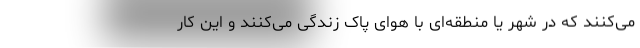
می‌کنند که در شهر یا منطقه‌ای با هوای پاک زندگی می‌کنند و این کار